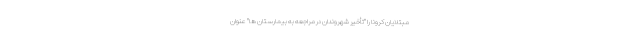
مبتلایان کرونا را "تأخیر شهروندان در مراجعه به بیمارستان ها" عنوان